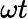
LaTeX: \omega t